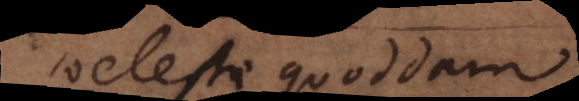
coeleste quoddam